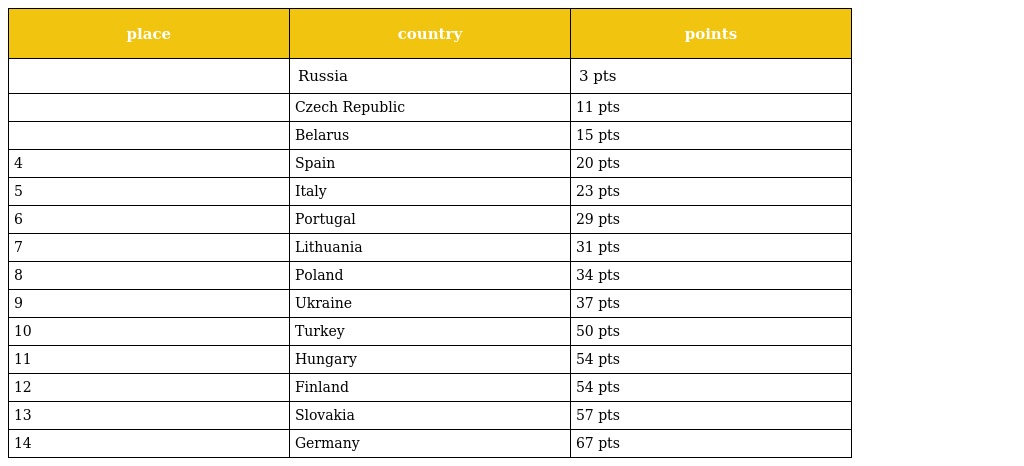
| place | country | points |
 | --- | --- | --- |
 |  | Russia | 3 pts |
 |  | Czech Republic | 11 pts |
 |  | Belarus | 15 pts |
 | 4 | Spain | 20 pts |
 | 5 | Italy | 23 pts |
 | 6 | Portugal | 29 pts |
 | 7 | Lithuania | 31 pts |
 | 8 | Poland | 34 pts |
 | 9 | Ukraine | 37 pts |
 | 10 | Turkey | 50 pts |
 | 11 | Hungary | 54 pts |
 | 12 | Finland | 54 pts |
 | 13 | Slovakia | 57 pts |
 | 14 | Germany | 67 pts |